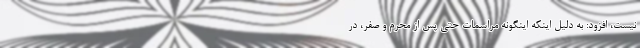
نیست، افزود: به دلیل اینکه اینگونه مراسمات حتی پس از محرم و صفر، در